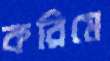
করিমে